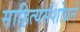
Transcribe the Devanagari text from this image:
साहित्यसंशोधने